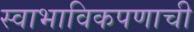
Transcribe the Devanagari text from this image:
स्वाभाविकपणाची